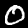
Digit: 0